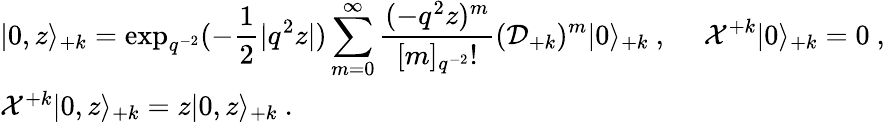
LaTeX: \begin{array}{l}{{\vert 0,z\rangle_{+k}=\displaystyle\exp_{q^{-2}}(-\frac{1}{2}|q^{2}z|)\sum_{m=0}^{\infty}\frac{(-q^{2}z)^{m}}{[m]_{q^{-2}}!}({\cal D}_{+k})^{m}\vert 0\rangle_{+k}~,~~~~~{\cal X}^{+k}\vert 0\rangle_{+k}=0~,}}\\ {{{\cal X}^{+k}\vert 0,z\rangle_{+k}=z\vert 0,z\rangle_{+k}~.}}\end{array}